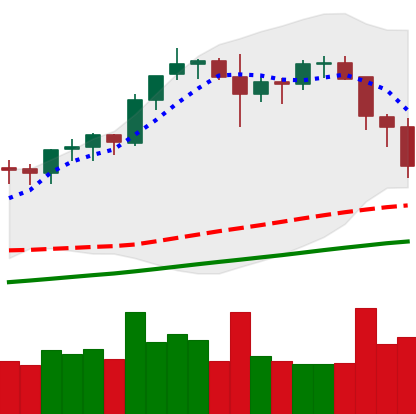
Ticker: BNB-USD
Chart end date: 2021-11-18
Forward return: 11.123%
Label: up_7plus